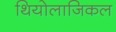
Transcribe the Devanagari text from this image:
थियोलाजिकल